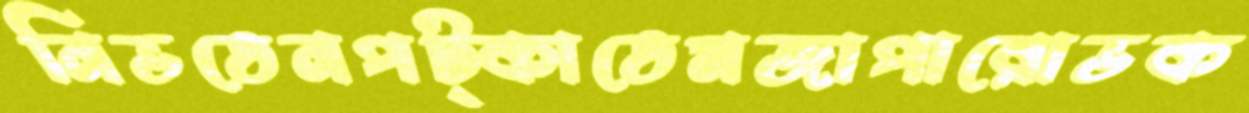
নিভতেনপট্‌কাতেমজাপারোভক